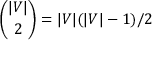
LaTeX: { \binom { | V | } { 2 } } = | V | ( | V | - 1 ) / 2